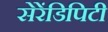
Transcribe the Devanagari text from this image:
सेरेंडिपिटी